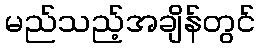
မည်သည့်အချိန်တွင်